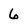
Character: 6